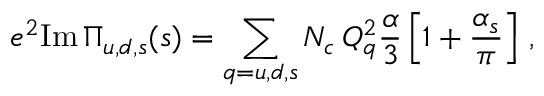
e ^ { 2 } \mathrm { I m } \, \Pi _ { u , d , s } ( s ) = \sum _ { q = u , d , s } N _ { c } \, Q _ { q } ^ { 2 } \frac { \alpha } { 3 } \left[ 1 + \frac { \alpha _ { s } } { \pi } \right] \, ,